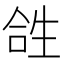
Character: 𤯤